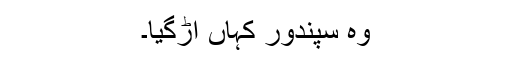
وہ سپندور کہاں اڑگیا۔